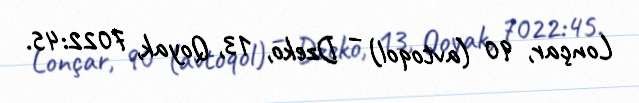
Lonçar, 90 (avtoqol) – Dzeko, 13, Qoyak, 7022:45.